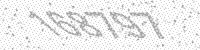
Solution: 168797